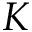
K